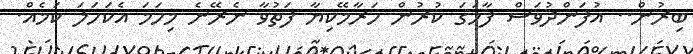
ބިރުން.. އުފަންދުވަސް ފާހަގަ ކުރުން ހަރާމޭކިޔާ ފަތުވާ ނެރޭނެ މިހަމަ އެކަހަލަ ކަމެއް.